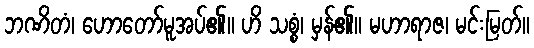
ဘဏိတံ၊ ဟောတော်မူအပ်၏။ ဟိ သစ္စံ၊ မှန်၏။ မဟာရာဇ၊ မင်းမြတ်။